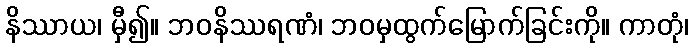
နိဿာယ၊ မှီ၍။ ဘဝနိဿရဏံ၊ ဘဝမှထွက်မြောက်ခြင်းကို။ ကာတုံ၊